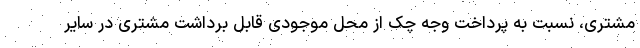
مشتری، نسبت به پرداخت وجه چک از محل موجودی قابل برداشت مشتری در سایر